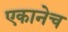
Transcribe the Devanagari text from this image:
एकानेच